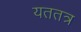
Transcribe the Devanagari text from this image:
यततत्र